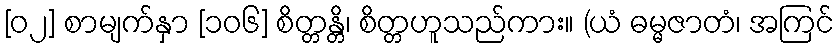
[၀၂] စာမျက်နှာ [၁၀၆] စိတ္တန္တိ၊ စိတ္တဟူသည်ကား။ (ယံ ဓမ္မဇာတံ၊ အကြင်